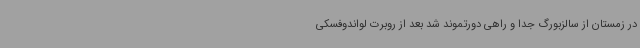
در زمستان از سالزبورگ جدا و راهی دورتموند شد بعد از روبرت لواندوفسکی